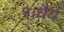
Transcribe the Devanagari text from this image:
१।धैर्य